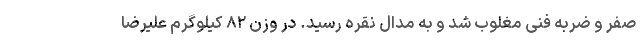
صفر و ضربه فنی مغلوب شد و به مدال نقره رسید. در وزن ۸۲ کیلوگرم علیرضا